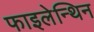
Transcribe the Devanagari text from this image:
फाइलेन्थिन